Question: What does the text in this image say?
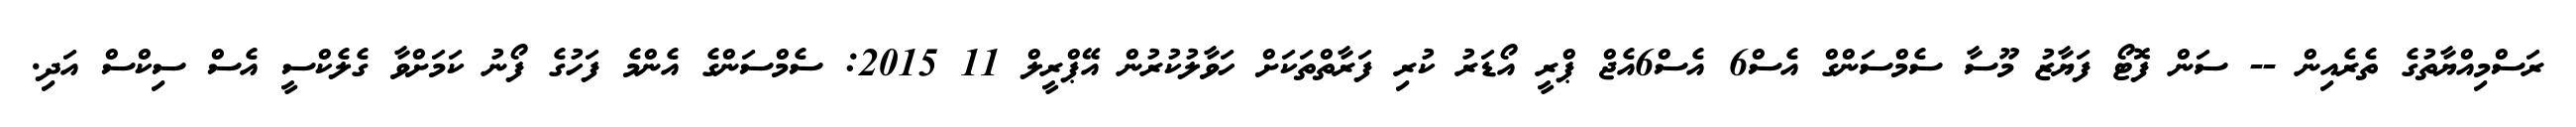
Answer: ރަސްމިއްޔާތުގެ ތެރެއިން -- ސަން ފޮޓޯ ފަޔާޒު މޫސާ ސެމްސަންގް އެސް6 އެސް6އެޖް ޕްރީ އޯޑަރު ކުރި ފަރާތްތަކަށް ހަވާލުކުރުން އޭޕްރީލް 11 2015: ސެމްސަންގެ އެންމެ ފަހުގެ ފޯނު ކަމަށްވާ ގެލެކްސީ އެސް ސިކްސް އަދި.